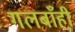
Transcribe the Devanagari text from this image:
गलबाँही